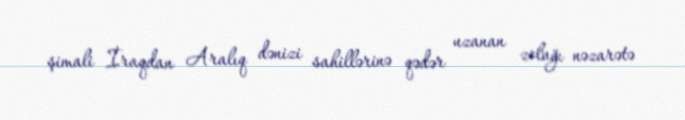
şimali İraqdan Aralıq dənizi sahillərinə qədər uzanan zolağı nəzarətə